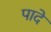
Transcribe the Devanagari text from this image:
पादे